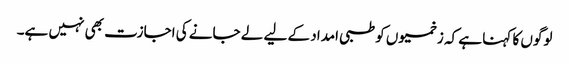
لوگوں کا کہنا ہے کہ زخمیوں کو طبی امداد کے لیے لے جانے کی اجازت بھی نہیں ہے۔